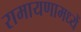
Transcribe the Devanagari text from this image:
रामायणामध्यें